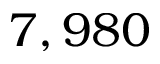
7 , 9 8 0